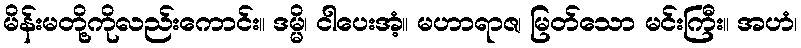
မိန်းမတို့ကိုလည်းကောင်း။ ဒမ္မိ၊ ငါပေးအံ့။ မဟာရာဇ၊ မြတ်သော မင်းကြီး။ အဟံ၊